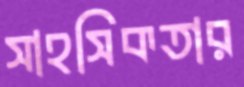
সাহসিকতার